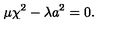
\mu \chi ^ { 2 } - \lambda a ^ { 2 } = 0 .